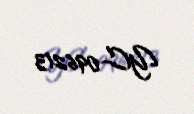
YC-096213